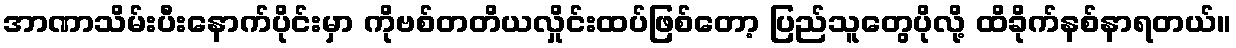
အာဏာသိမ်းပီးနောက်ပိုင်းမှာ ကိုဗစ်တတိယလှိုင်းထပ်ဖြစ်တော့ ပြည်သူတွေပိုလို့ ထိခိုက်နစ်နာရတယ်။